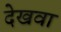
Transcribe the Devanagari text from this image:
देखवा